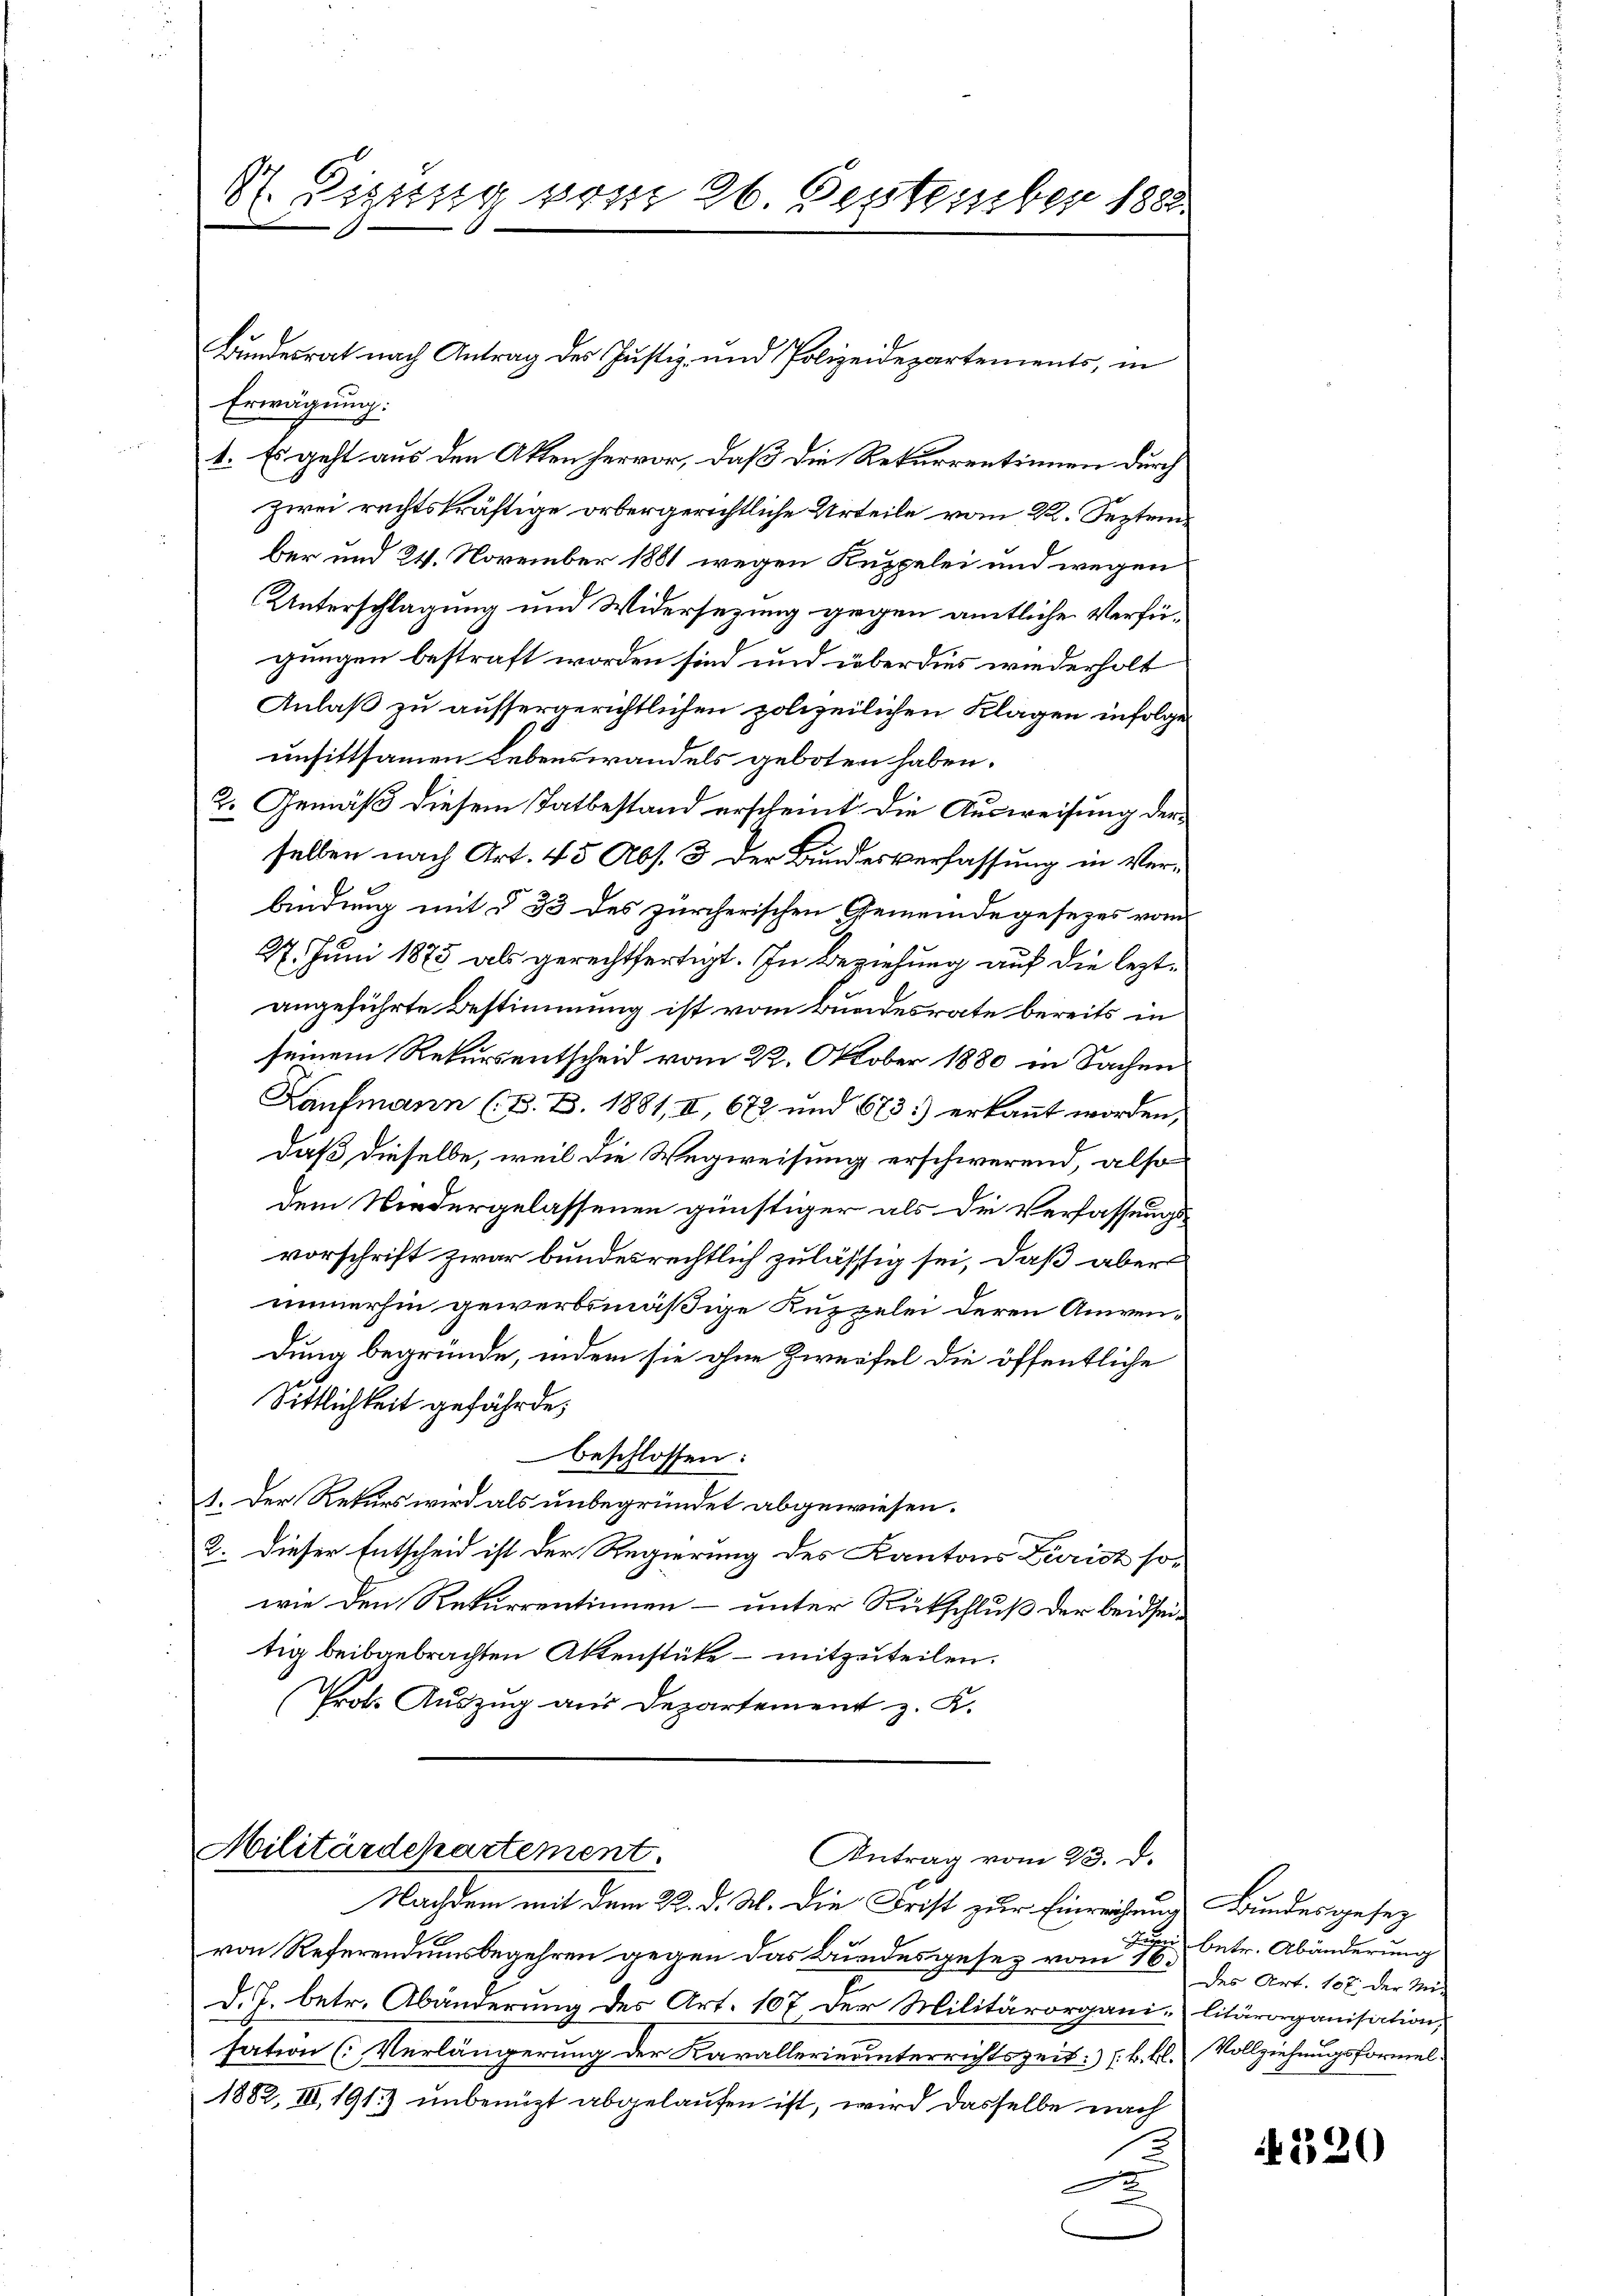
dt. Bisung vom 26. September 1882.

Bundesrat nach Antrag des Justiz- und Polizeidepartements, in
Erwägung:
t. Es geht aus den Akten hervor, daß die Rekurrentinnen durch
zwei rechtskräftige orbergerichtliche Urteile vom 22. September und 24. November 1881 wegen Kuppelei und wegen
Unterschlagung und Widersezung gegen amtliche Verfügungen bestraft worden sind und überdies wiederholt
Anlaß zu aussergerichtlichen polizeilichen Klagen infolge
unsittsamen Lebenswandels geboten haben.
2. Gemäß diesem Tatbestand erscheint. Die Ausweisung der
selben nach Art. 45 Abs. 3 der Bundesverfassung in Verbindung mit § 33 des zürcherischen Gemeindegesezes vom
27. Juni 1875 als gerechtfertigt. In Beziehung auf die leztangeführte Bestimmung ist vom Bundesrate bereits in
seinem Rekursentscheid vom 22. Oktober 1880 in Sachen
Kaufmann (B. B. 1881, II, 672 und 673.) erkannt worden,
daß dieselbe, weil die Wegweisung erschwerend, also
dem Niedergelassenen günstiger als de Verfassungsvorschrift zwar bundesrechtlich zulässig sei, daß aber
immerhin gewerbsmäßige Kuzzelei deren Anwendung begründe, indem sie ohne Zweifel die öffentliche
Sittlichkeit gefährde;
beschlossen:
1. Der Rekurs wird als unbegründet abgewiesen.
2. Dieser Entscheid ist der Regierung des Kantons Zürich sowie den Rekurrentinnen – unter Rükschluß der beidseitig beibgebrachten Aktenstüke – mitzuteilen.
Prot. Auszug aus Departement z. K.

Militärdepartement.
Antrag vom 23. d.

Nachdem mit dem 22. d. M. die Frist zur Einreichung Bundesgesez
.
von Referendumsbegehren gegen das Bundesgesez vom 7 betr. Abänderung
d.J. betr. Abänderung des Art. 107 der Militärorgani-litärorganisation,
sation (Verlängerung der Karallerie unterrichtszeit: (k. Bl. Vollziehungsformel
1882, III, 191. unbenüzt abgelaufen ist, wird dasselbe nach
A

n
des Art. 107 der Mit

4320